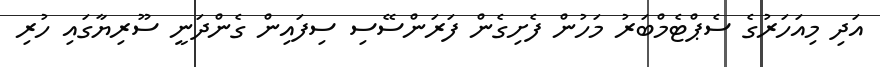
އަދި މިއަހަރުގެ ސެޕްޓެމްބަރު މަހުން ފެށިގެން ފަރަންސޭސި ސިފައިން ގެންދަނީ ސޫރިޔާގައި ހުރި